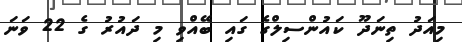
މިއަދު ތިނަދޫ ކައުންސިލްގެ ގައި ބޭއްވި މި ދައުރު ގެ 22 ވަނަ